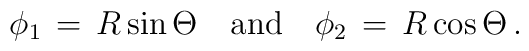
\phi_1\, =\, R \sin \Theta \quad \mbox{and} \quad \phi_2\,=\, R \cos \Theta \, .